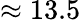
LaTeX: \approx 13.5